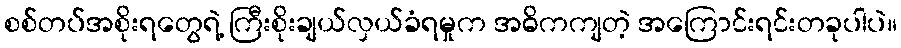
စစ်တပ်အစိုးရတွေရဲ့ ကြီးစိုးချယ်လှယ်ခံရမှုက အဓိကကျတဲ့ အကြောင်းရင်းတခုပါပဲ။